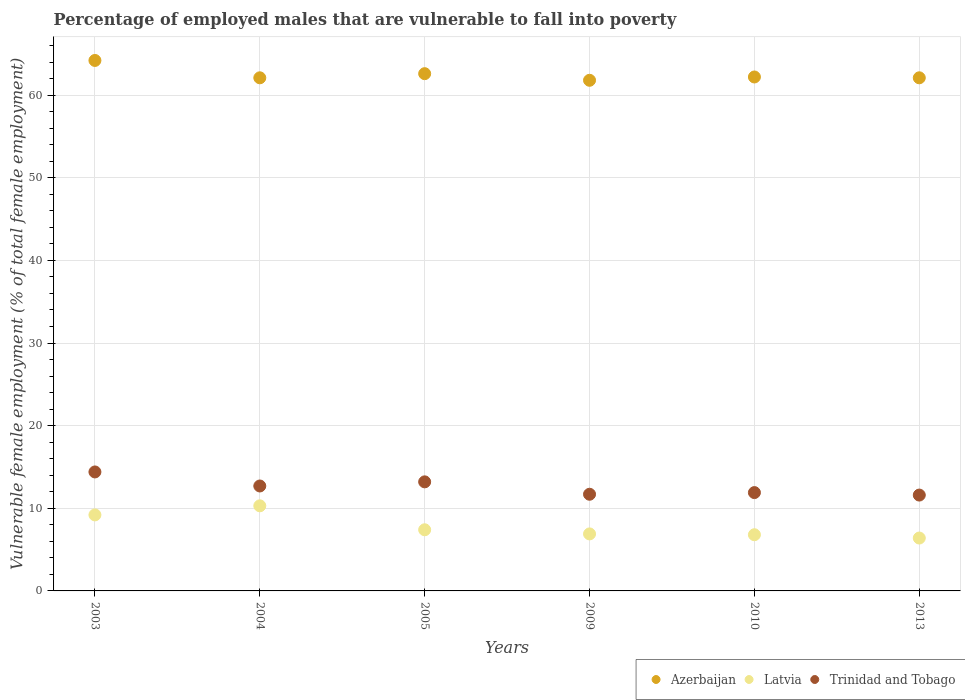
| Years | Azerbaijan | Latvia | Trinidad and Tobago |
 | --- | --- | --- | --- |
 | 2003 | 64.2 | 9.2 | 14.4 |
 | 2004 | 62.1 | 10.3 | 12.7 |
 | 2005 | 62.6 | 7.4 | 13.2 |
 | 2009 | 61.8 | 6.9 | 11.7 |
 | 2010 | 62.2 | 6.8 | 11.9 |
 | 2013 | 62.1 | 6.4 | 11.6 |